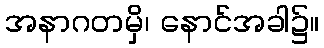
အနာဂတမှိ၊ နောင်အခါ၌။